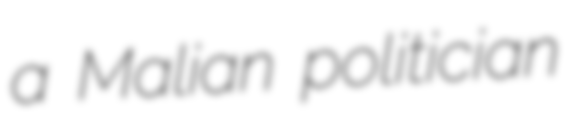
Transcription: a Malian politician